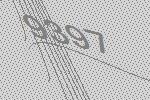
9397